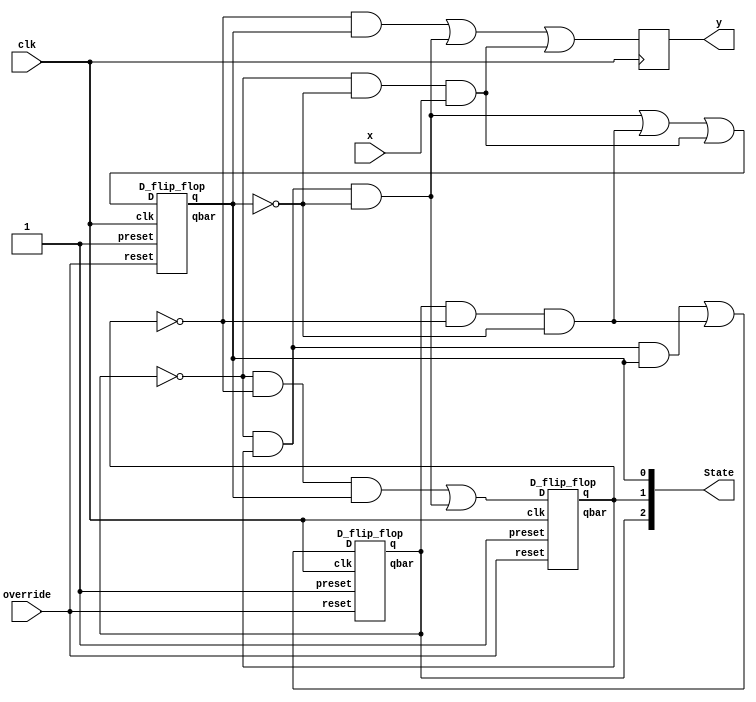
module fsm(clk,override,x,y,State);
    input clk,override,x;
    wire [2:0] D; 
    wire [2:0] Q,Qbar; 
    output reg y;
    output[2:0] State;
    
    
    
    assign    D[2] =  (~Q[2] & Q[1] & Q[0])
                    | (Q[2] & ~Q[1] & ~Q[0]); 

    assign    D[1] =  (~Q[2] & ~Q[1] & Q[0])
                    | (~Q[2] & Q[1] & ~Q[0]); 

    assign    D[0] =  (~Q[2] & Q[1] & ~Q[0])
                    | (Q[2] & ~Q[1] & ~Q[0])
                    | (~Q[2] & ~Q[0] & x); 
    assign    State = Q;
    always @(posedge clk) begin

        y = (~Q[1] & Q[0])|(~Q[2] & Q[1] & ~Q[0])|(~Q[2] & ~Q[0] & x);          
    
    end

    D_flip_flop dff2(D[2],clk,override,1'b1,Q[2],Qbar[2]);
    D_flip_flop dff1(D[1],clk,override,1'b1,Q[1],Qbar[1]);
    D_flip_flop dff0(D[0],clk,override,1'b1,Q[0],Qbar[0]); 
    
endmodule
module D_flip_flop(D,clk,reset,preset, q, qbar);

    input D,clk,reset,preset;
    output reg q, qbar;

    always@(posedge clk)
        begin
        if (reset == 0) begin
            q <= 0;
        end
        else if (preset == 0) begin
            q <= 1;
        end
        else
        begin
        q<=D;
        qbar<=(~D);
        
        end
    end
endmodule